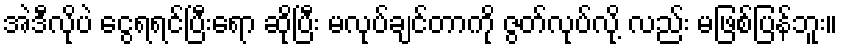
အဲဒီလိုပဲ ငွေရရင်ပြီးရော ဆိုပြီး မလုပ်ချင်တာကို ဇွတ်လုပ်လို့ လည်း မဖြစ်ပြန်ဘူး။